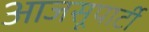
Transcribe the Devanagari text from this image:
आजसूपार्टी